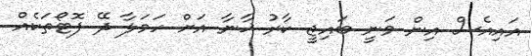
އައިއެސް އިން ވަނީ ބައިޖީ ކާރު ޚާނާ އަށް ހަމަލާ ދޭ ފޮޓޯތަކެއް